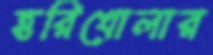
হরিখোলার